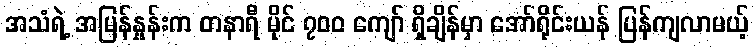
အသံရဲ့ အမြန်နှုန်းက တနာရီ မိုင် ၇၀၀ ကျော် ရှိချိန်မှာ အော်ရိုင်းယန် ပြန်ကျလာမယ့်